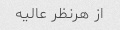
از هرنظر عالیه